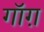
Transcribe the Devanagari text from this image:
गॉग़